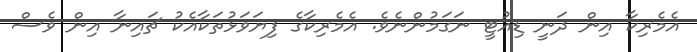
އެމެރިކާ އިން ދަނީ ޑިއުޓީ ނަގަމުންނެވެ. އެމެރިކާގެ ފިޔަވަޅުތަކާއެކު ޗައިނާ އިން ވެސް